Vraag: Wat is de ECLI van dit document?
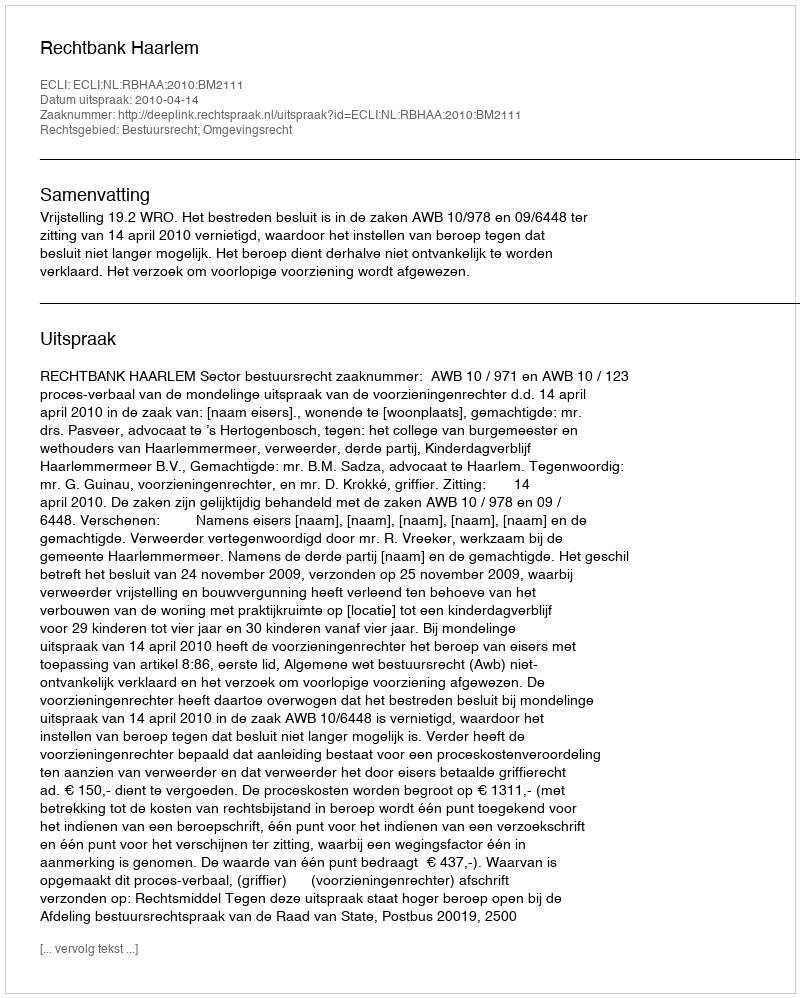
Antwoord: ECLI:NL:RBHAA:2010:BM2111